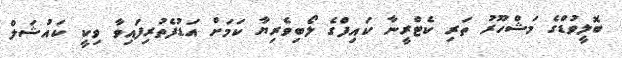
ބޮލީވުޑްގެ މަޝްހޫރު ތަރި ކެޓްރީނާ ކައިފްގެ ލޯބިވެރިޔާ ކަމަށް އަޑުފެތުރިފައިވާ ވިކީ ކައުޝަލް